Laidoner,_Johan, lk 62
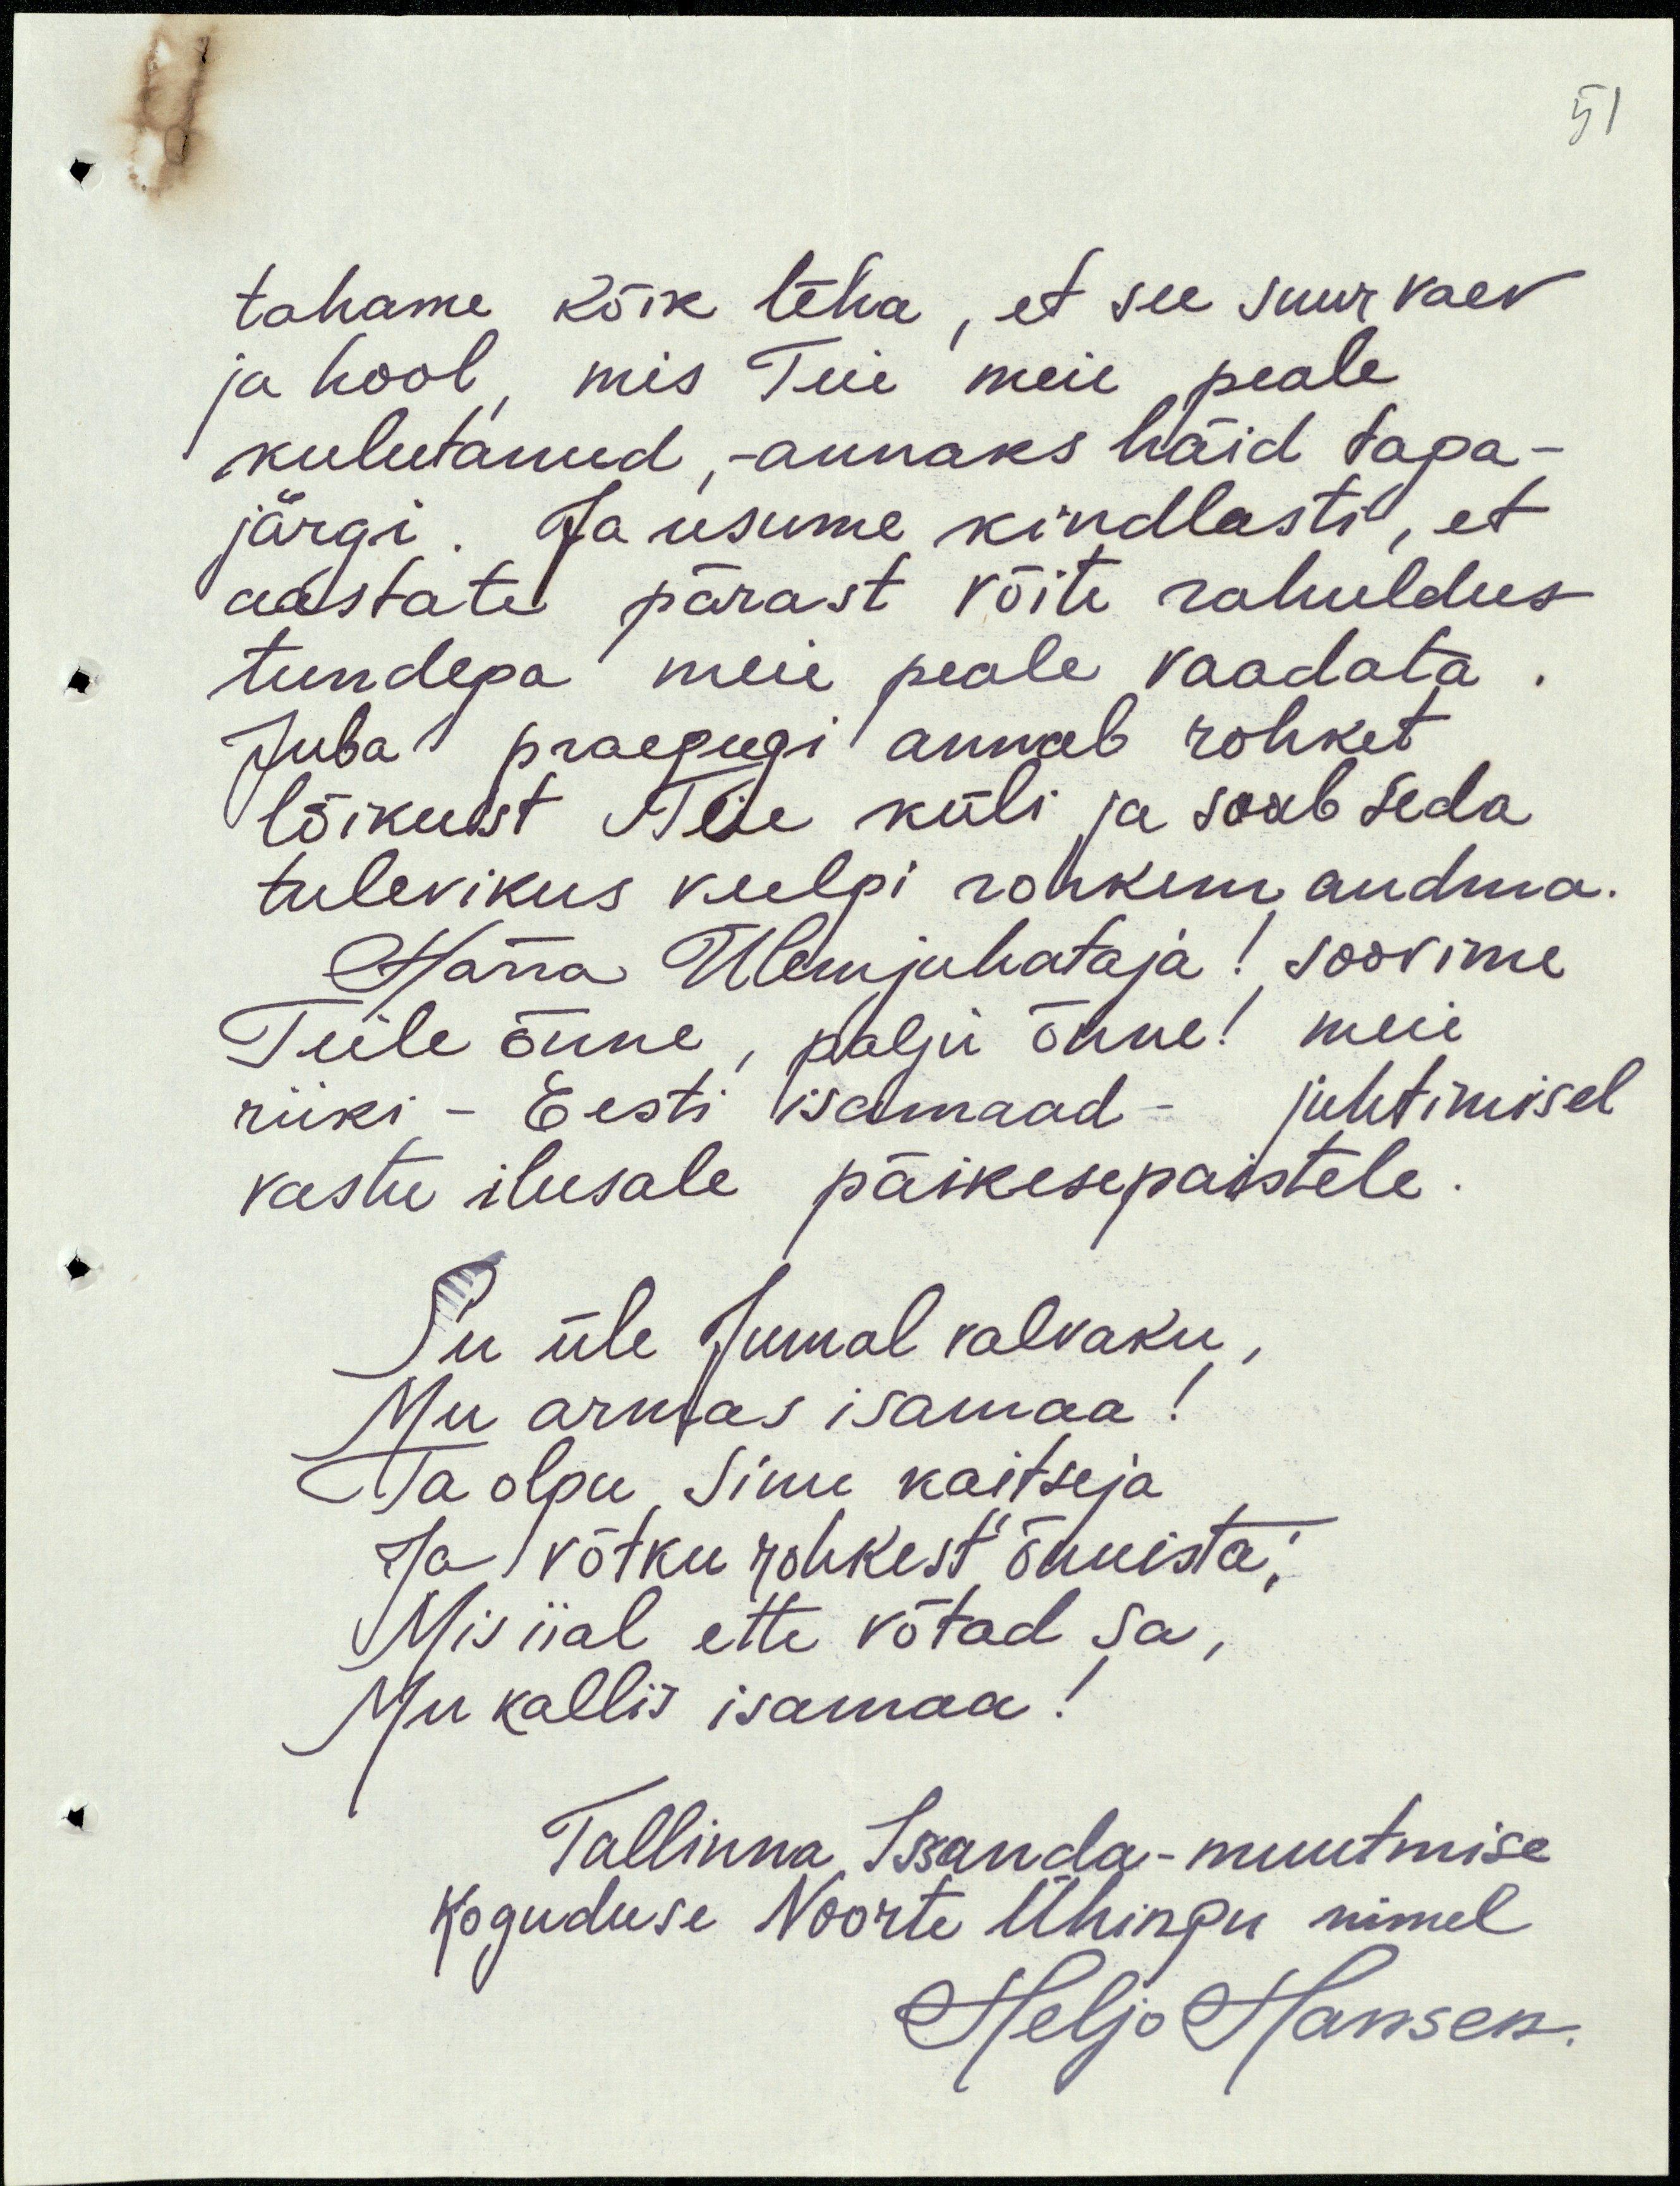
51
tahame kõik teha, et see suur vaev
ja hool, mis Teie meie peale
kulutanud, annaks häid taga-
järgi. Ja usume kindlasti, et
aastate pärast võite rahuldus
tundega meie peale vaadata.
Juba praegugi annab rohket
lõikust Teie küli ja saab seda
tulevikus veelgi rohkem andma.
Härra Ülemjuhataja! soovime
Teile õnne, palju õnne! meie
riiki - Eesti isamaad - juhtimisel
vastu ilusale päikesepaistele.
Su üle Jumal valvaku
Mu armas isamaa!
Ma olgu Sinu kaitseja
Ja võtku rohkest õnnista;
Mis iial ette võtad Sa,
Mu kallis isamaa!
Tallinna Issanda-muutmise
Koguduse Noorte Ühingu nimel
Heljo Hansen.